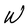
Character: W